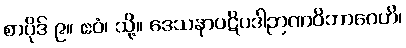
စာပိုဒ် ၉။ ဧဝံ၊ သို့။ ဒေသနာပဋိပဒါဉာဏဝိဘာဂေဟိ၊